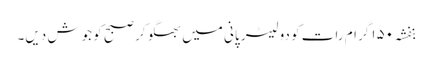
بنفشہ ۱۵۰ گرام رات کو دو لیٹر پانی میں بھگو کر صبح کو جوش دیں۔